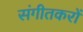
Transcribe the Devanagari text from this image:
संगीतकरों